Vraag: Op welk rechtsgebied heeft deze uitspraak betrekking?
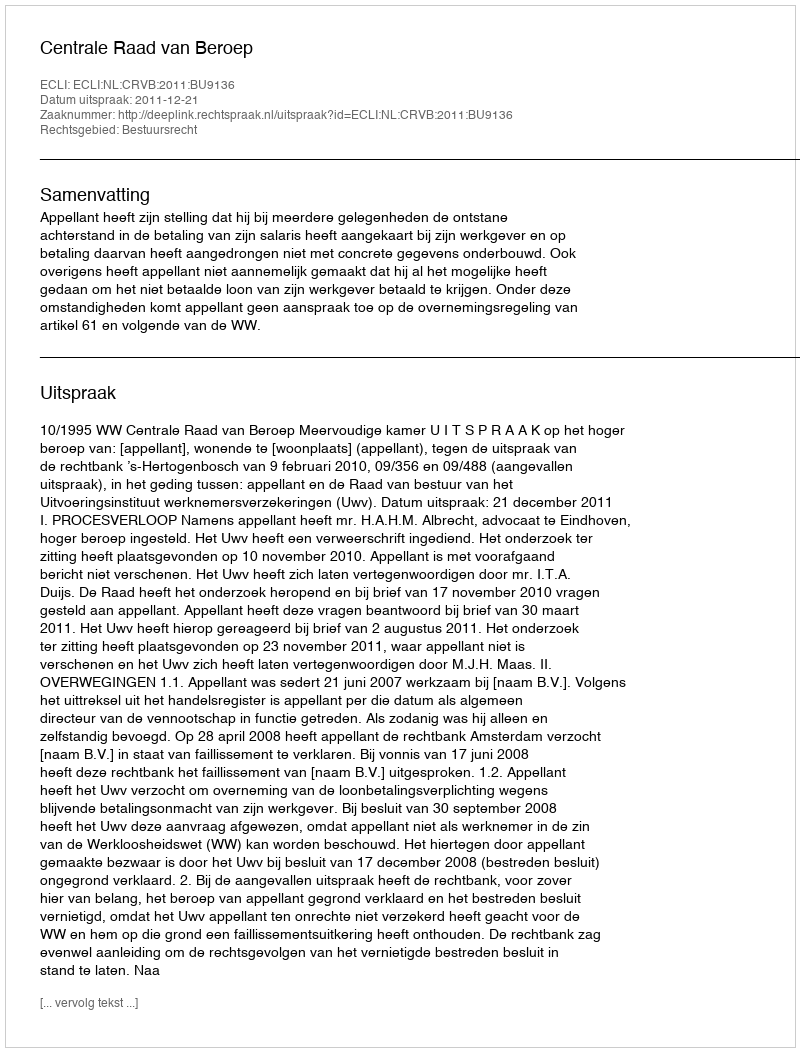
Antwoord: Bestuursrecht